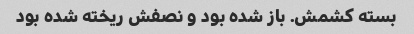
بسته کشمش. باز شده بود و نصفش ریخته شده بود